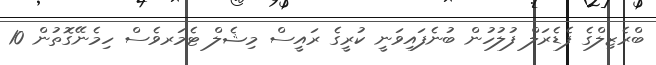
ބްރެޒިލްގެ ފެޑެރަލް ފުލުހުން ބުނެފައިވަނީ ކުރީގެ ރައީސް މިޝެލް ޓެމަރވެސް ހިމެނޭގޮތުން 10